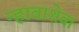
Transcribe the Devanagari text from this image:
न्हावाशेवा